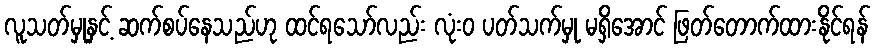
လူသတ်မှုနှင့် ဆက်စပ်နေသည်ဟု ထင်ရသော်လည်း လုံးဝ ပတ်သက်မှု မရှိအောင် ဖြတ်တောက်ထားနိုင်ရန်